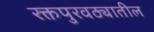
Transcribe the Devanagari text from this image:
रक्तपुरवठ्यातील